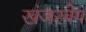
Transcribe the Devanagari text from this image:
खंजरबेग